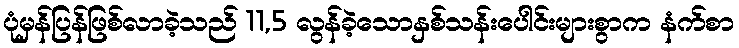
ပုံမှန်ပြန်ဖြစ်လာခဲ့သည် 11,5 လွန်ခဲ့သောနှစ်သန်းပေါင်းများစွာက နံက်စာ